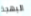
البهجة